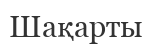
Шақарты